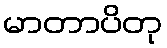
မာတာပိတု